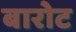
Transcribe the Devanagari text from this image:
बारोट